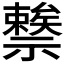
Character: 𥜖